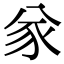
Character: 㒸